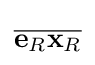
{\overline {\mathbf {e} _{R}\mathbf {x} _{R}}}